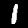
Digit: 1